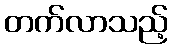
တက်လာသည့်